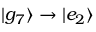
| g _ { 7 } \rangle \to | e _ { 2 } \rangle